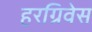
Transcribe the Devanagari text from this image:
हरग्रिवेस